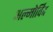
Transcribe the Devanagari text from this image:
अल्मोर्विद